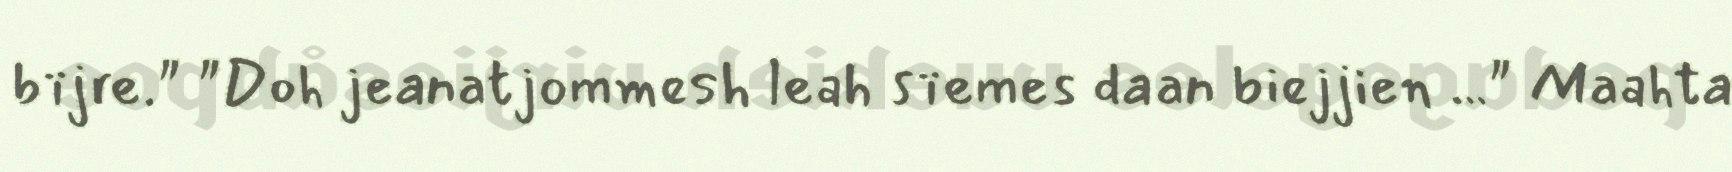
bïjre." "Doh jeanatjommesh leah sïemes daan biejjien …" Maahta